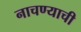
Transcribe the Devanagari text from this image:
नाचण्याची